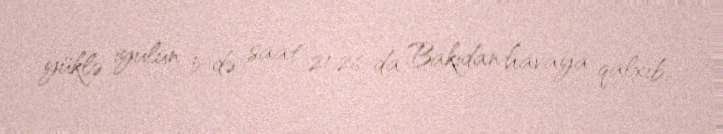
yüklə iyulun 5-də saat 21:26-da Bakıdan havaya qalxıb.